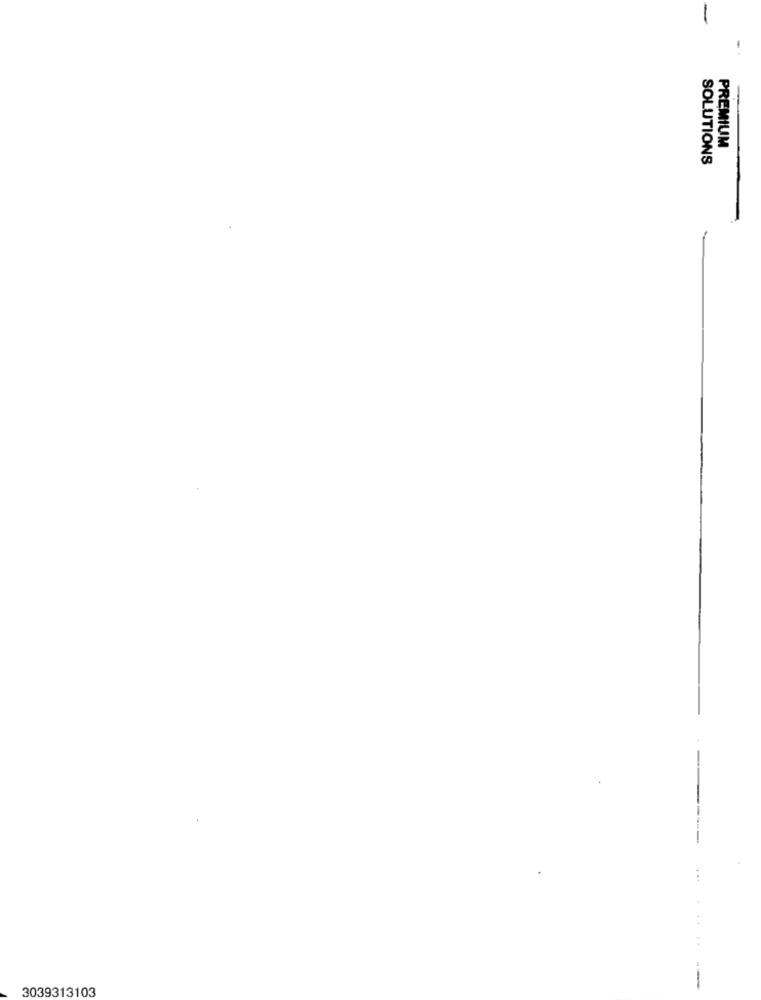
PREMIUM
SOLUTIONS
3039313103